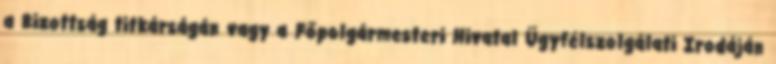
a Bizottság titkárságán vagy a Főpolgármesteri Hivatal Ügyfélszolgálati Irodáján